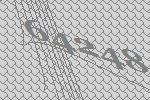
64248